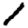
Digit: 1